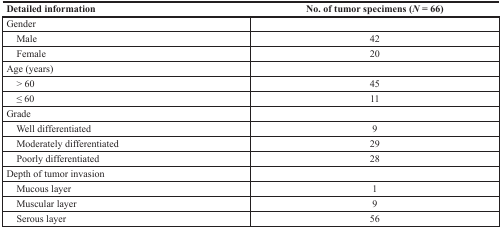
| Detailed information | No. of tumor specimens (N = 66) |
 | --- | --- |
 | Gender |  |
 | Male | 42 |
 | Female | 20 |
 | Age (years) |  |
 | > 60 | 45 |
 | ≤ 60 | 11 |
 | Grade |  |
 | Well differentiated | 9 |
 | Moderately differentiated | 29 |
 | Poorly differentiated | 28 |
 | Depth of tumor invasion |  |
 | Mucous layer | 1 |
 | Muscular layer | 9 |
 | Serous layer | 56 |